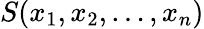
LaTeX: S(x_{1},x_{2},\ldots,x_{n})